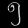
Digit: ၅